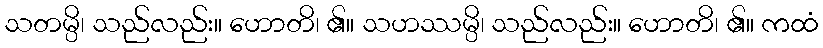
သတမ္ပိ၊ သည်လည်း။ ဟောတိ၊ ၏။ သဟဿမ္ပိ၊ သည်လည်း။ ဟောတိ၊ ၏။ ကထံ